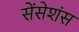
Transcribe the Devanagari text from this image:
सेंसेशंस